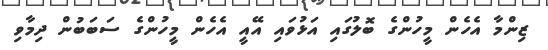
ޒިންމާ އެހެން މީހުންގެ ބޮލުގައި އަޅުވައި އޭއީ އެހެން މީހުންގެ ސަބަބުން ދިމާވި